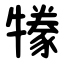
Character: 㹖